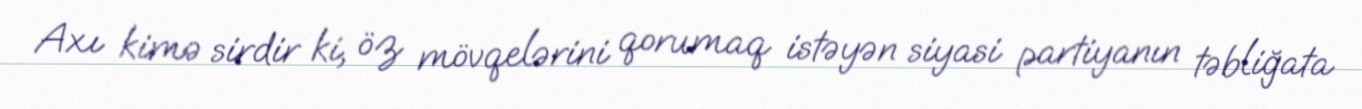
Axı kimə sirdir ki, öz mövqelərini qorumaq istəyən siyasi partiyanın təbliğata